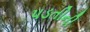
પડતીની